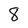
Character: 8